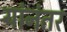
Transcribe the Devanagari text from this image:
यांनंतर